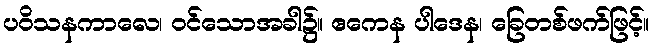
ပဝိသနကာလေ၊ ဝင်သောအခါ၌။ ဧကေန ပါဒေန၊ ခြေတစ်ဖက်ဖြင့်။